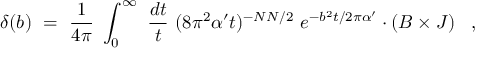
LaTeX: \delta ( b ) ~ = ~ \frac { 1 } { 4 \pi } ~ \int _ { 0 } ^ { \infty } ~ \frac { d t } { t } ~ ( 8 \pi ^ { 2 } \alpha ^ { \prime } t ) ^ { - N N / 2 } ~ e ^ { - b ^ { 2 } t / 2 \pi \alpha ^ { \prime } } \cdot \left( B \times J \right) ~ ~ ,